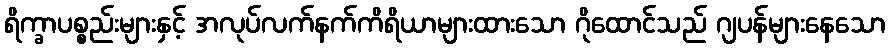
ရိက္ခာပစ္စည်းများနှင့် အလုပ်လက်နက်ကိရိယာများထားသော ဂိုထောင်သည် ဂျပန်များနေသော